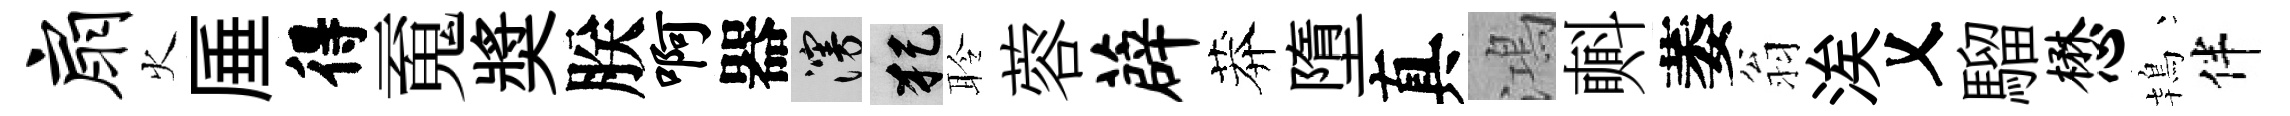
扇火厜得䰟奬朕啊器漫犯聆蓉薜莽墮真鴻㪺萎翁涘乂騮懋鴇伴